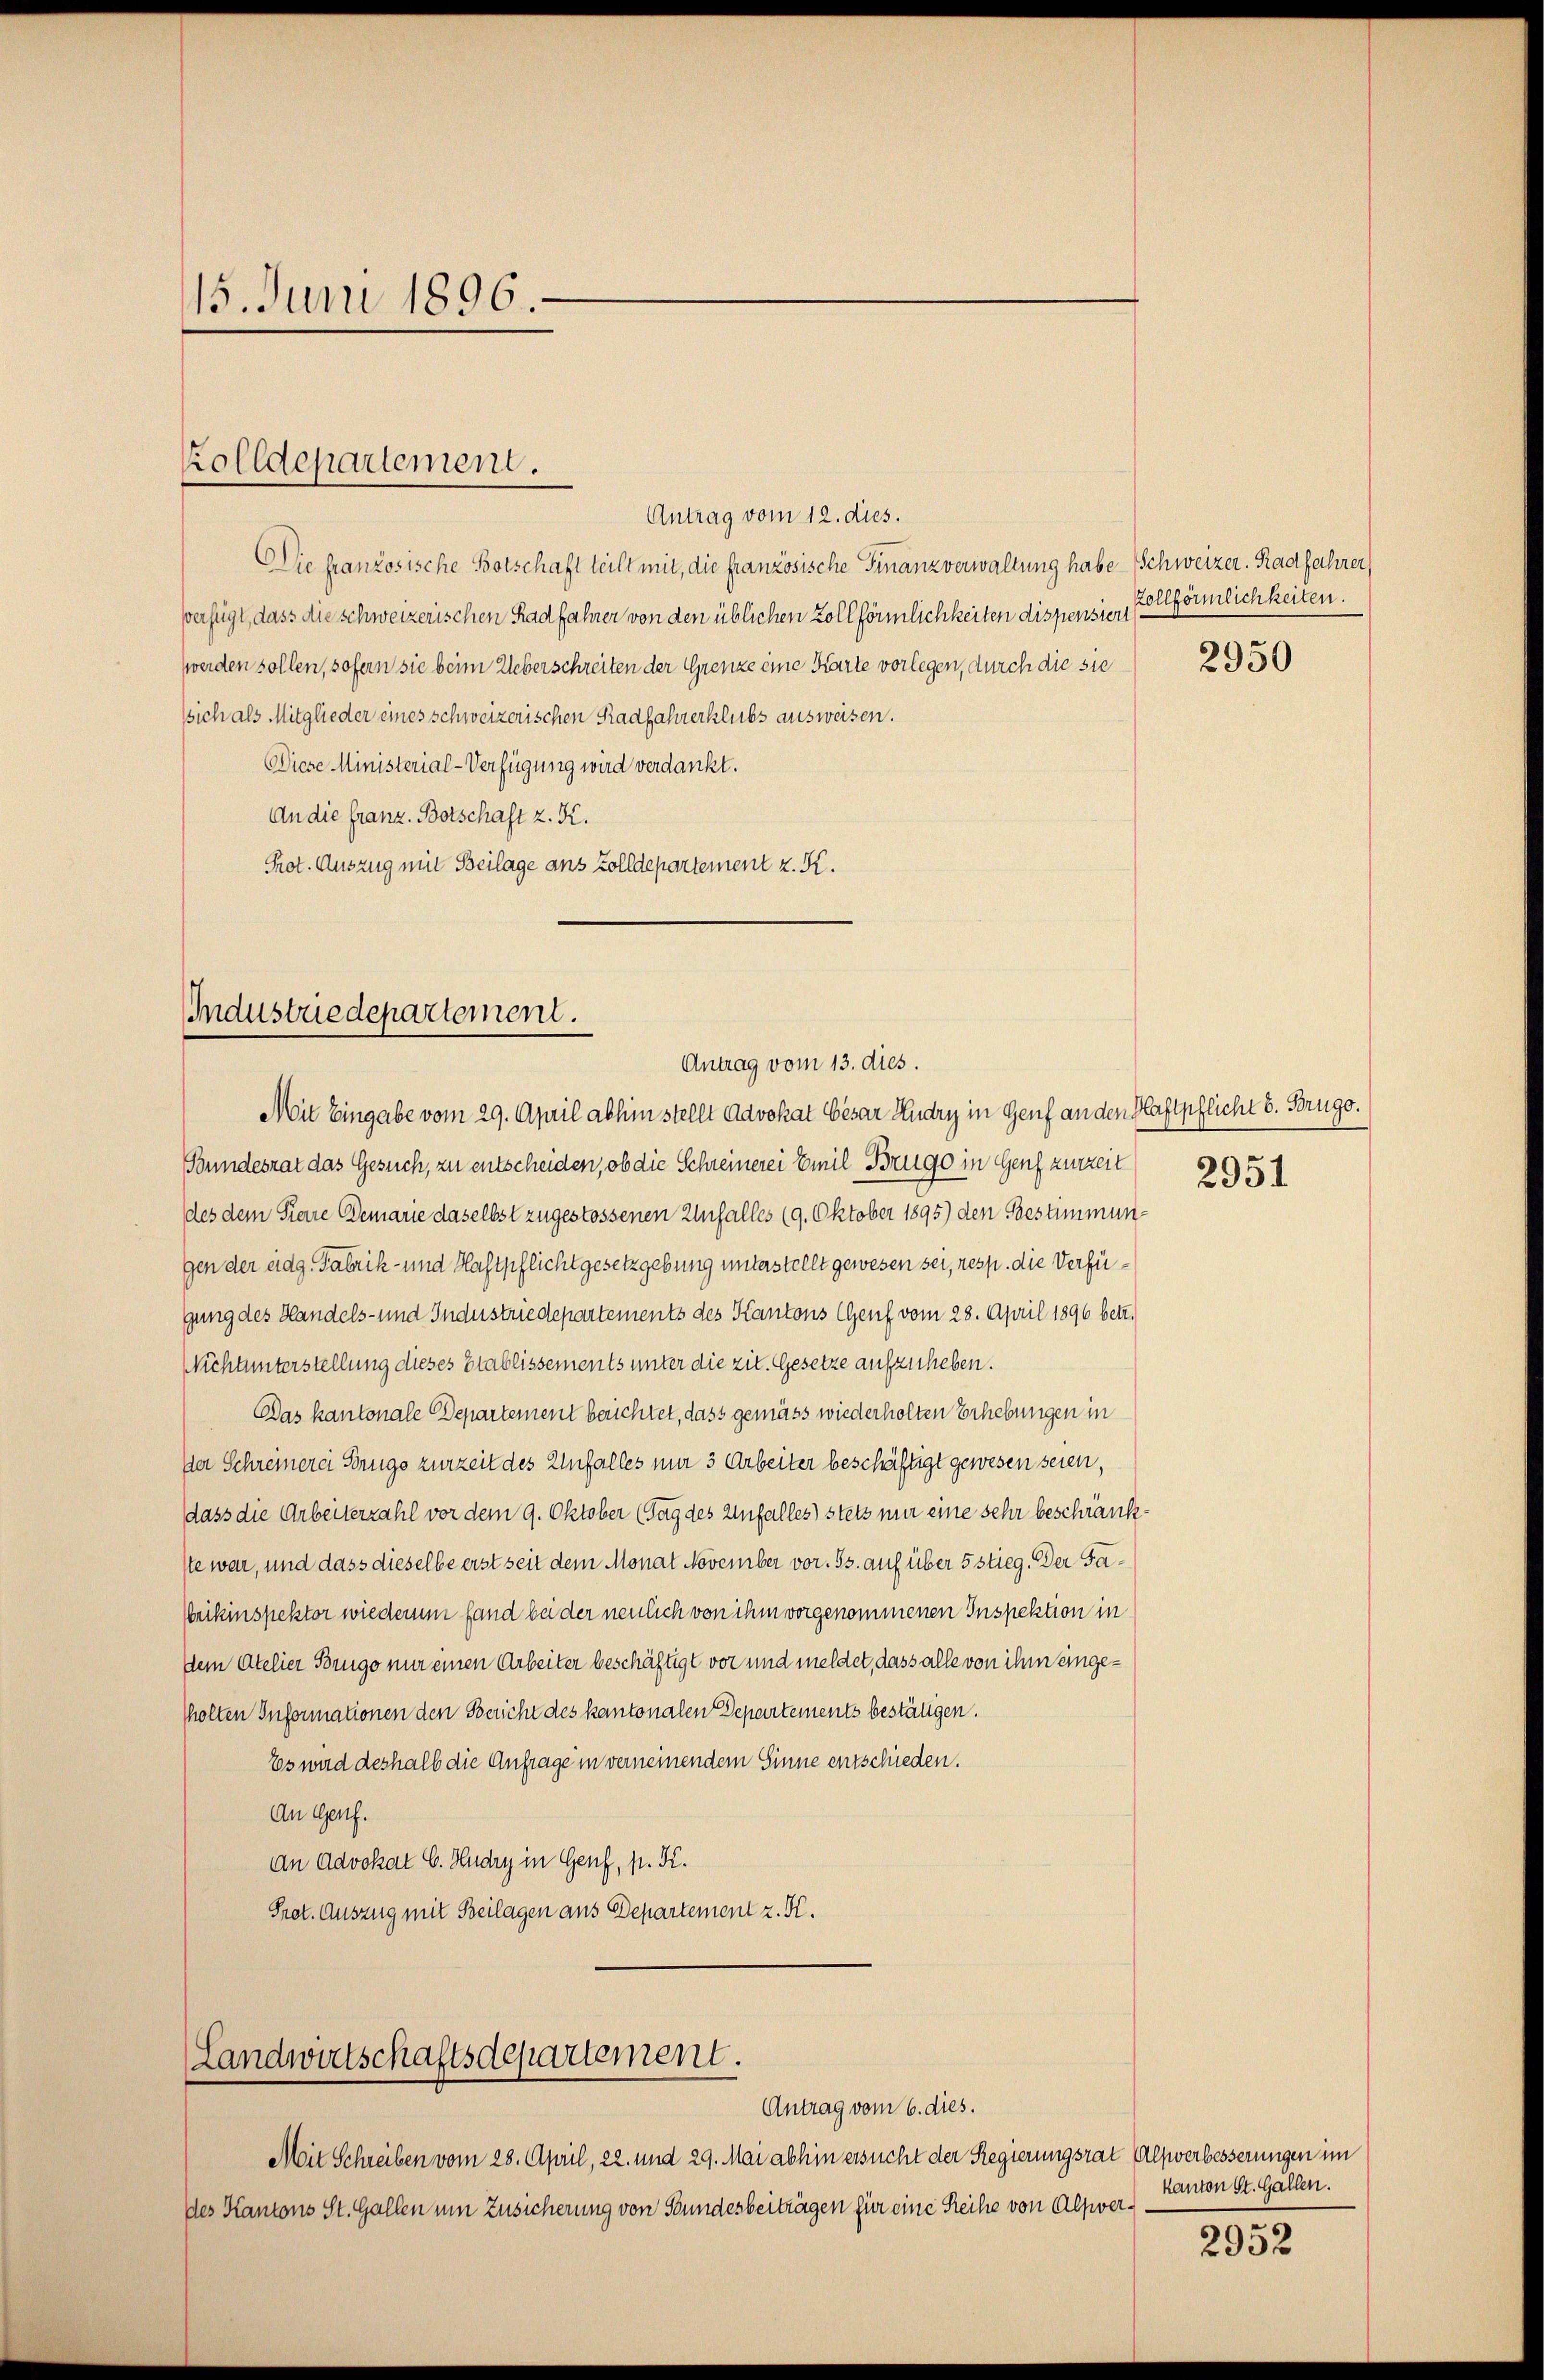
15. Juni 1896.

Antrag vom 12. dies.
Die französische Botschaft teilt mit, die französische Finanzverwaltung habe Schweizer. Radfahrer
Verfügt, dass die schweizerischen Radfahner von den üblichen Zollförmlichkeiten dispension förmlichkeiten.
werden sollen, sofern sie beim Ueberschreiten der Grenze eine Karte vorlegen, durch die sie
sich als Mitglieder eines schweizerischen Radfahrerklubs ausweisen.
Diese Ministerial-Verfügung wird verdankt.
An die Franz. Botschaft z. K.
Prot. Auszug mit Beilage aus Zolldepartement z. K.

Zolldepartement.

Industriedepartement.
Antrag vom 13. dies.

Mit Eingabe vom 29. April abhin stellt Advokat Cesar Kudry in Genf an den Haftpflicht 8. Brugo.
Bundesrat das Gesuch, zu entscheiden, ob die Schreinerei Emil Brugo in Genf zurzeit
des dem Pierre Demarie daselbst zugestossenen Unfalles (9. Oktober 1895) den Bestimmungen der eidg. Fabrik- und Haftpflicht gesetzgebung unterstellt gewesen sei, resp. die Verfügung des Handels- und Industriedepartements des Kantons Genf vom 28. April 1896 betr.
Nichtunterstellung dieses Etablissements unter die zit. Gesetze aufzuheben.
Das kantonale Departement berichtet, dass gemäss wiederholten Erhebungen in
Der Schreinerei Strugs zurzeit des Unfalles nur 3 Arbeiter beschäftigt gewesen seien,
dass die Arbeiterzahl vor dem 9. Oktober (Tag des Unfalles stets mir eine sehr beschränkste war, und dass dieselbe erst seit dem Monat November vor. 53. auf über 5 stieg. Der Fanikinspektor wiederum fand bei der neulich von ihm vorgenommenen Inspektion in
dem Atelier Brugo nur einen Arbeiter beschäftigt vor und meldet, dass alle von ihm eingesholten Informationen den Bericht des kantonalen Departements bestätigen.
Es wird deshalb die Anfrage in verneinendem Sinne entschieden.
An Genf.
An Advokat E. Hudry in Genf, p. K.
Prot. Auszug mit Beilagen aus Departement z. K.

Landwirtschaftsdepartement.
Antrag vom 6. dies.

Mit Schreiben vom 28. April, 22. und 29. Mai abhin ersucht der Regierungsrat Alpverbesserungen im
des Kantons St. Gallen um Zusicherung von Stundesbeiträgen für eine Reihe von Alpver¬

2950

2951

kanton St. Gallen.

2952